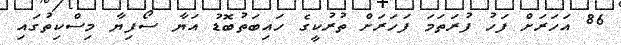
86 އަހަރަށް ފަހު ފުރަތަމަ ފަހަރަށް ތުރުކީގެ ހައިބަތުބޮޑު އަޔާ ސޯފިޔާ މިސްކިތުގައި